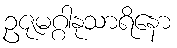
ဥဇုမဂ္ဂါနုသာရိနော